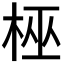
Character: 𬂳